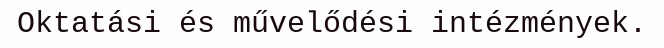
Oktatási és művelődési intézmények.